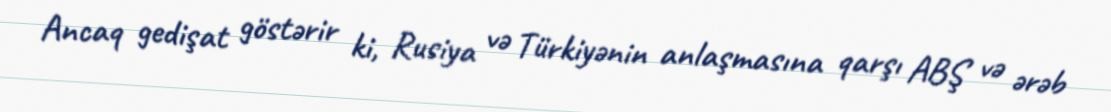
Ancaq gedişat göstərir ki, Rusiya və Türkiyənin anlaşmasına qarşı ABŞ və ərəb